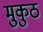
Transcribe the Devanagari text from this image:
मुकुठ